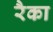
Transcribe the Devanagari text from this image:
रैका